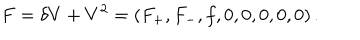
LaTeX: F = \delta V + V ^ { 2 } = \left( F _ { + } , F _ { - } , f , 0 , 0 , 0 , 0 , 0 \right) .